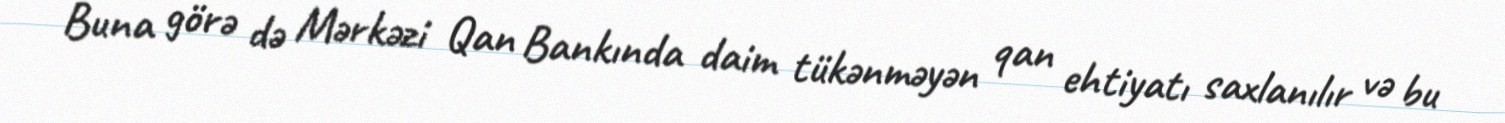
Buna görə də Mərkəzi Qan Bankında daim tükənməyən qan ehtiyatı saxlanılır və bu